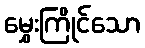
မွှေးကြိုင်သော